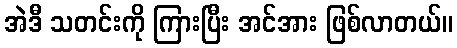
အဲဒီ သတင်းကို ကြားပြီး အင်အား ဖြစ်လာတယ်။